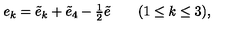
e _ { k } = \tilde { e } _ { k } + \tilde { e } _ { 4 } - { \textstyle { \frac { 1 } { 2 } } } \tilde { e } \qquad ( 1 \leq k \leq 3 ) ,